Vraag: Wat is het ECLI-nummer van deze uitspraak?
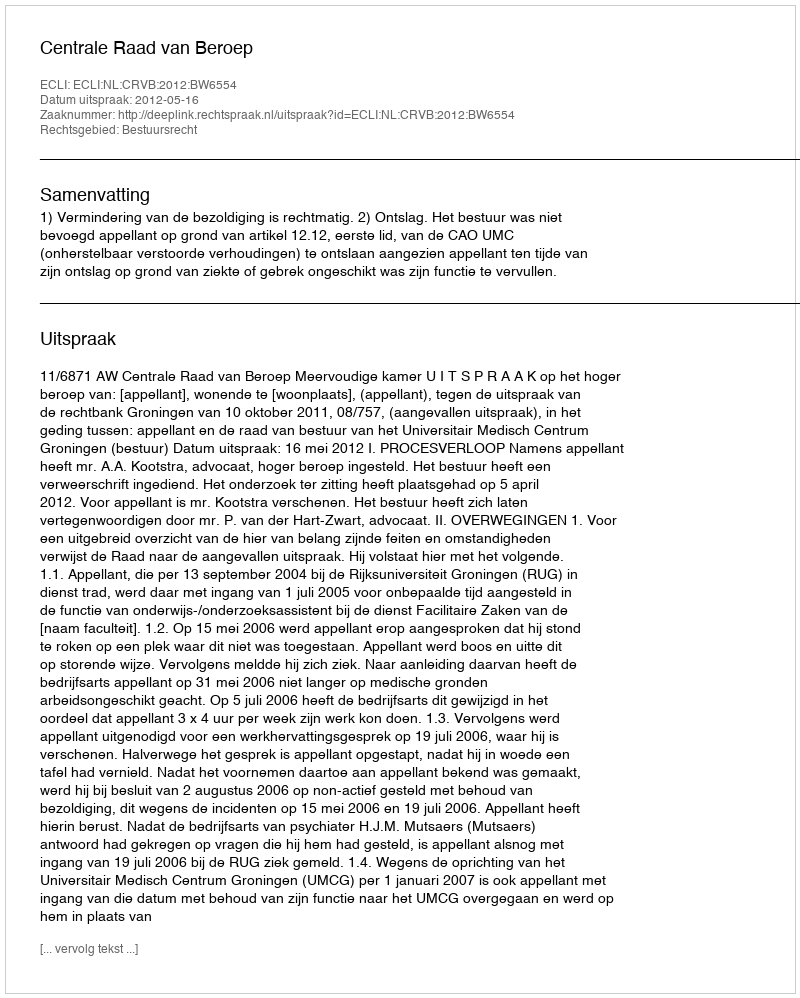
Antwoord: ECLI:NL:CRVB:2012:BW6554